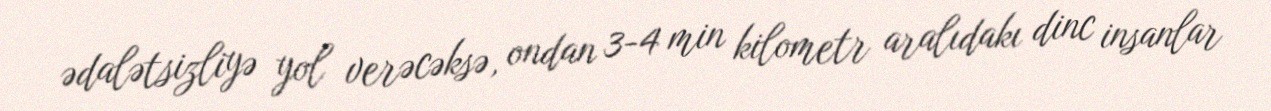
ədalətsizliyə yol verəcəksə, ondan 3-4 min kilometr aralıdakı dinc insanlar